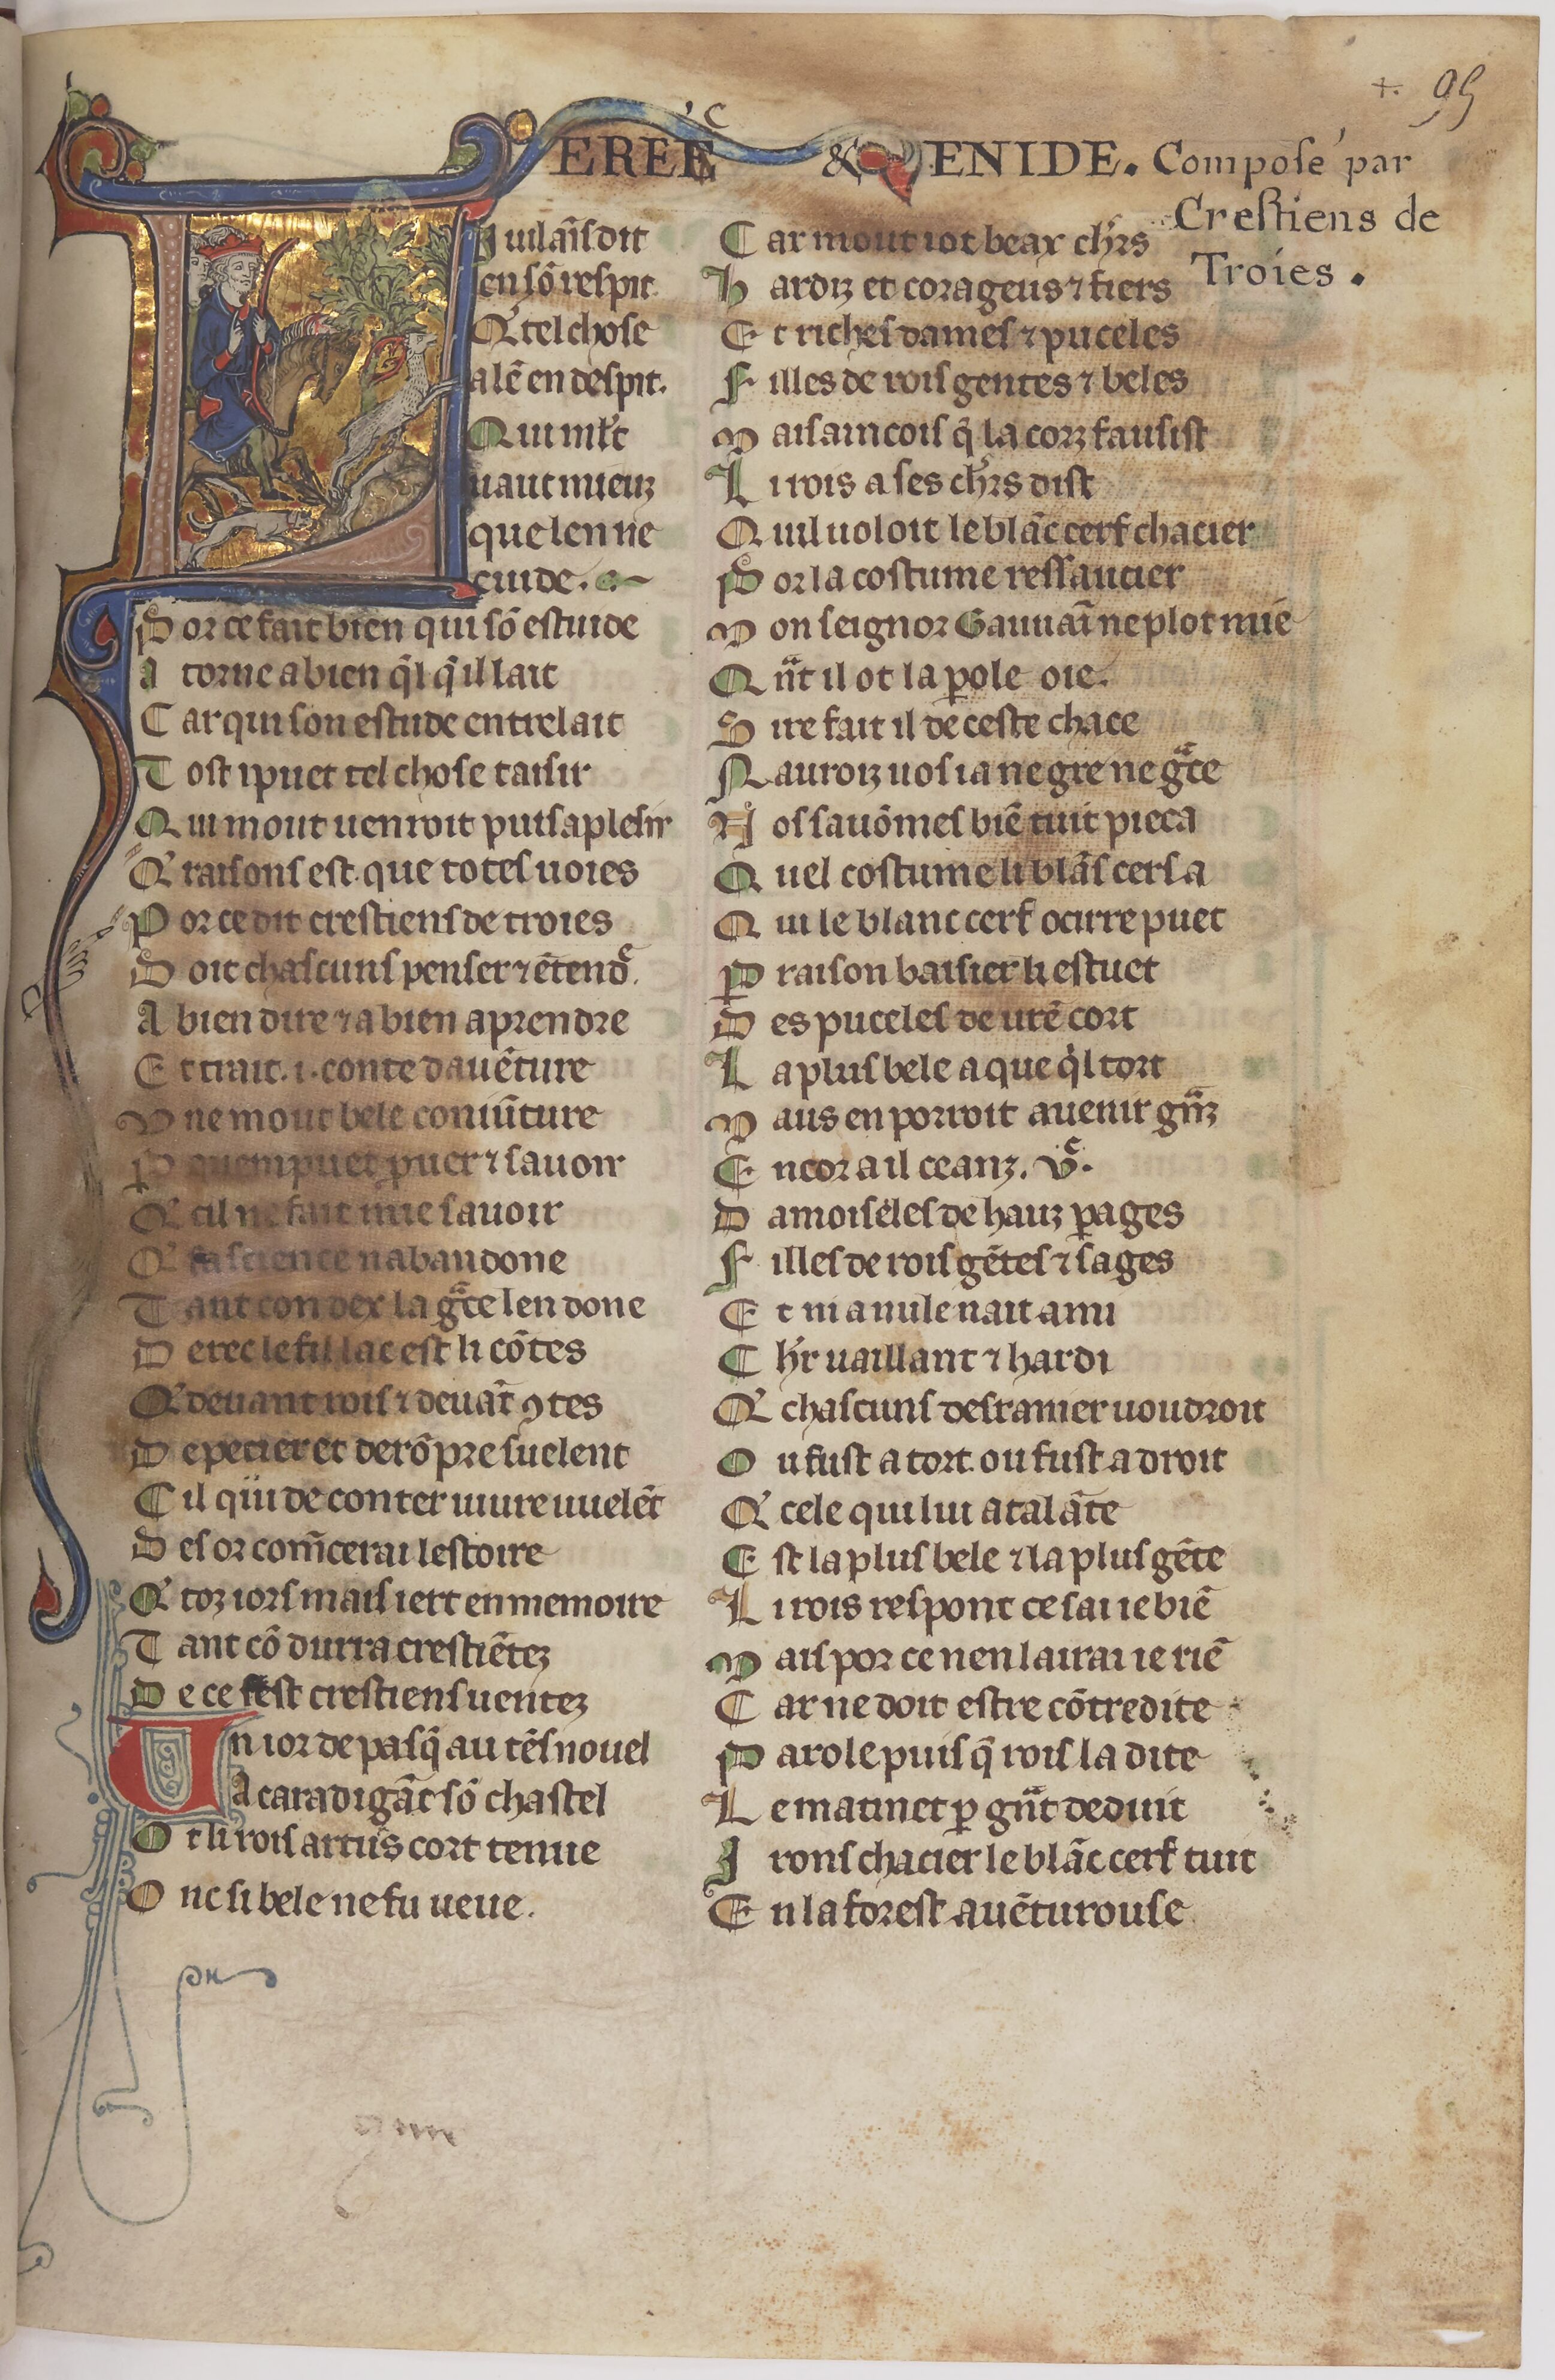
Shelfmark: Paris, BnF, fr. 1376
Century: 14